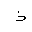
Letter: _thal